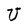
Character: U